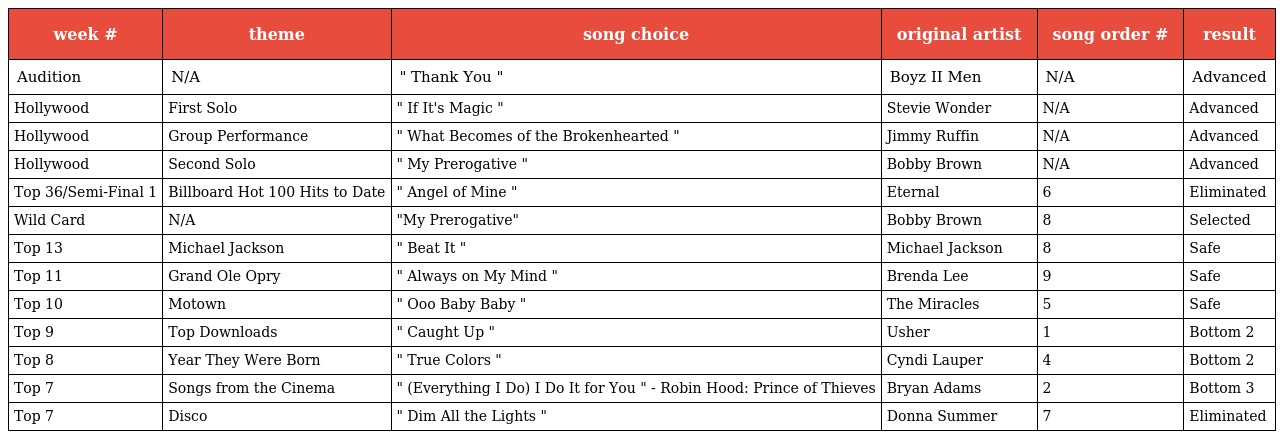
| week # | theme | song choice | original artist | song order # | result |
 | --- | --- | --- | --- | --- | --- |
 | Audition | N/A | " Thank You " | Boyz II Men | N/A | Advanced |
 | Hollywood | First Solo | " If It's Magic " | Stevie Wonder | N/A | Advanced |
 | Hollywood | Group Performance | " What Becomes of the Brokenhearted " | Jimmy Ruffin | N/A | Advanced |
 | Hollywood | Second Solo | " My Prerogative " | Bobby Brown | N/A | Advanced |
 | Top 36/Semi-Final 1 | Billboard Hot 100 Hits to Date | " Angel of Mine " | Eternal | 6 | Eliminated |
 | Wild Card | N/A | "My Prerogative" | Bobby Brown | 8 | Selected |
 | Top 13 | Michael Jackson | " Beat It " | Michael Jackson | 8 | Safe |
 | Top 11 | Grand Ole Opry | " Always on My Mind " | Brenda Lee | 9 | Safe |
 | Top 10 | Motown | " Ooo Baby Baby " | The Miracles | 5 | Safe |
 | Top 9 | Top Downloads | " Caught Up " | Usher | 1 | Bottom 2 |
 | Top 8 | Year They Were Born | " True Colors " | Cyndi Lauper | 4 | Bottom 2 |
 | Top 7 | Songs from the Cinema | " (Everything I Do) I Do It for You " - Robin Hood: Prince of Thieves | Bryan Adams | 2 | Bottom 3 |
 | Top 7 | Disco | " Dim All the Lights " | Donna Summer | 7 | Eliminated |